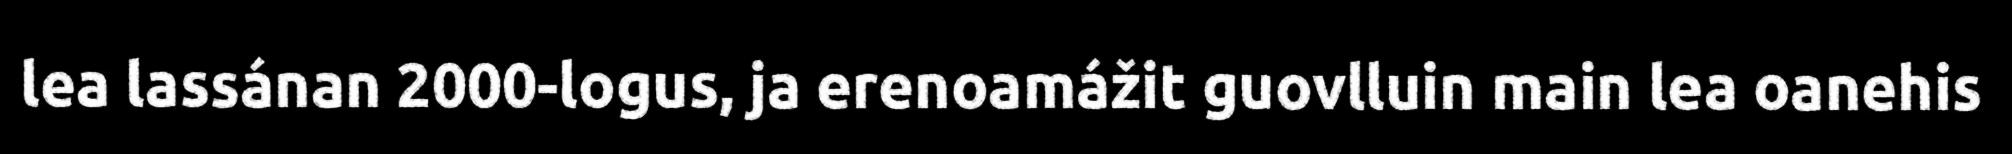
lea lassánan 2000-logus, ja erenoamážit guovlluin main lea oanehis